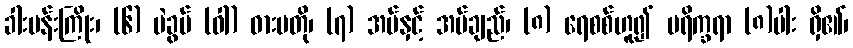
ခါးပန်းကြိုး၊ (၆) ပဲခွပ် (ဝါ) ဓားမတို၊ (၇) အပ်နှင့် အပ်ချည်၊ (၈) ရေစစ်ဟူ၍ ပရိက္ခရာ (၈)ပါး ရှိ၏၊